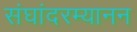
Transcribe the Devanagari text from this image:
संघांदरम्यानन